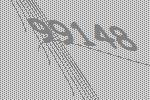
99148